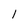
Character: l